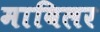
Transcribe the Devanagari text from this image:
माविलर